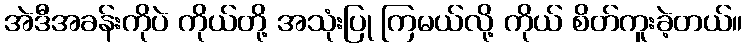
အဲဒီအခန်းကိုပဲ ကိုယ်တို့ အသုံးပြု ကြမယ်လို့ ကိုယ် စိတ်ကူးခဲ့တယ်။